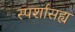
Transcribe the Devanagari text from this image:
स्पर्शासह्य